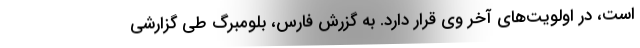
است، در اولویت‌های آخر وی قرار دارد. به گزرش فارس، بلومبرگ طی گزارشی